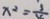
x ^ { 2 } = \frac { 3 } { 4 }